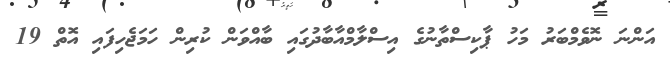
އަންނަ ނޮވެމްބަރު މަހު ޕާކިސްތާނުގެ އިސްލާމްއާބާދުގައި ބާއްވަން ކުރިން ހަމަޖެހިފައި އޮތް 19